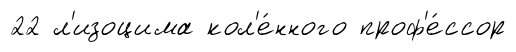
22 л'изоцима кол'е́нного проф'е́ссор